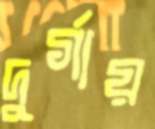
দুর্গায়